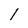
Character: 1